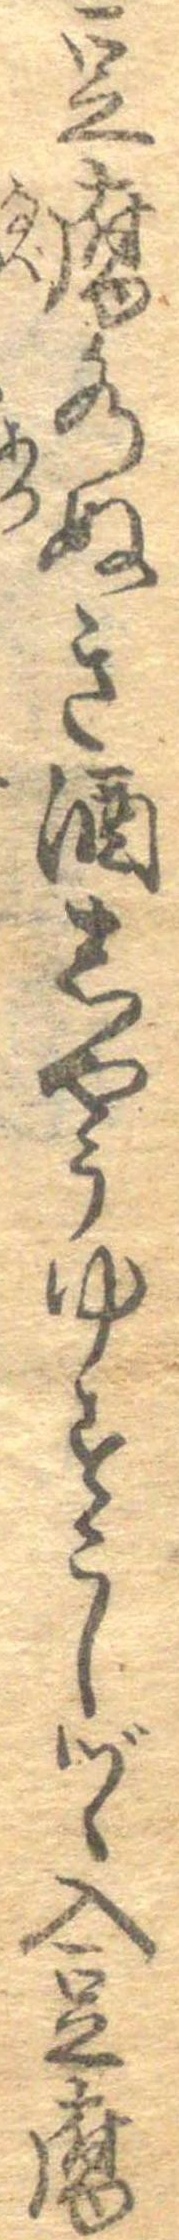
豆腐水ぬき酒しやうゆすこしづゝ入豆腐